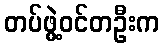
တပ်ဖွဲ့ဝင်တဦးက